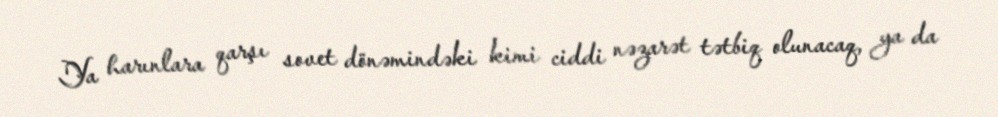
Ya harınlara qarşı sovet dönəmindəki kimi ciddi nəzarət tətbiq olunacaq, ya da